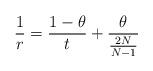
LaTeX: \begin{align*}\frac{1}{r} = \frac{1-\theta}{t} + \frac{\theta}{\frac{2N}{N-1}}\end{align*}